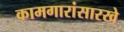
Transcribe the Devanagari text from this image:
कामगारांसारखे